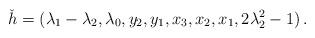
LaTeX: \begin{align*}\check h=(\lambda_1 - \lambda_2, \lambda_0, y_{2}, y_{1}, x_{3}, x_{2}, x_{1}, 2\lambda_2^2 - 1)\,.\end{align*}